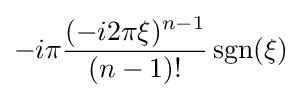
-i\pi {\frac {(-i2\pi \xi )^{n-1}}{(n-1)!}}\operatorname {sgn} (\xi )